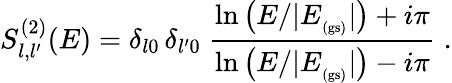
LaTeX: S_{l,l^{\prime}}^{(2)}(E)=\delta_{l0}\, \delta_{l^{\prime}0}\; \frac{\ln\left(E/|E_{_\mathrm{(gs)}}|\right)+i\pi}{\ln\left(E/|E_{_\mathrm{(gs)}}|\right)-i\pi}\; .